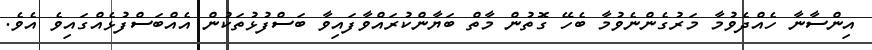
އިންސާނާ ހެއްދެވުމާ މަރުގެންނެވުމާ ބެހޭ ގޮތުން މާތް ބަޔާންކުރައްވާފައިވާ ބަސްފުޅުތަކުން އެއްބަސްފުޅެއްގައިވެ އެވެ.